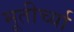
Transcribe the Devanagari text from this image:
मूतीर्च्या